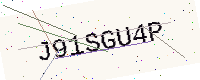
Text: J91SGU4P